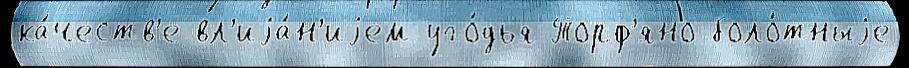
ка́честв'е вл'иjа́н'иjем уго́дья Торф'яно-боло́тныjе